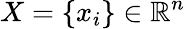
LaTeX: X=\{ x_{i}\} \in\mathbb{R}^{n}